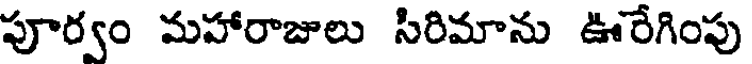
పూర్వం మహారాజులు సిరిమాను ఊరేగింపు